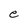
Character: e